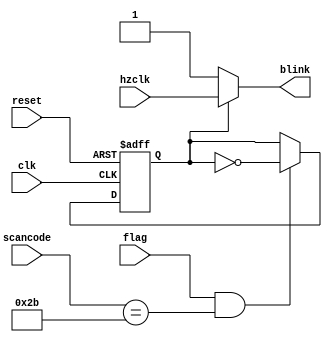
module blinker(clk,scancode,flag,reset,hzclk,blink);
input clk,reset,hzclk,flag;
input [7:0]scancode;
output blink;

reg blinkact;





always@(posedge clk or posedge reset)
if(reset)

	blinkact<=0;

else if (flag && scancode=='h2b)	
	blinkact<=~blinkact;
	
assign blink = blinkact?hzclk:1;

	
	
endmodule